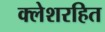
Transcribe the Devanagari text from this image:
क्लेशरहित